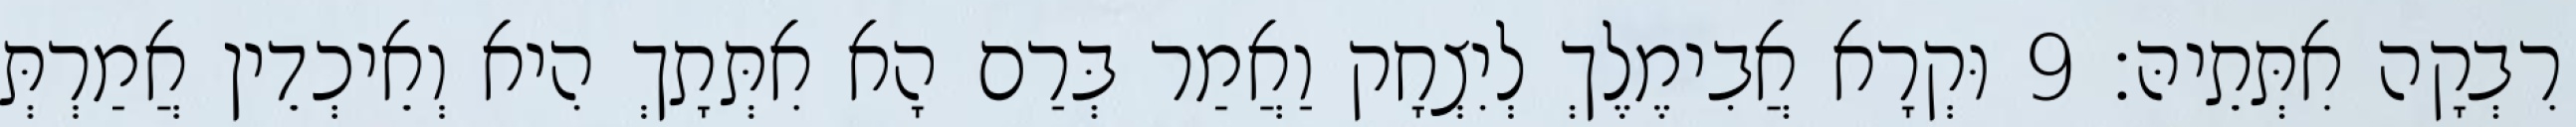
רִבְקָה אִתְּתֵיהּ׃ 9 וּקְרָא אֲבִימֶלֶךְ לְיִצְחָק וַאֲמַר בְּרַם הָא אִתְּתָךְ הִיא וְאֵיכְדֵין אֲמַרְתְּ